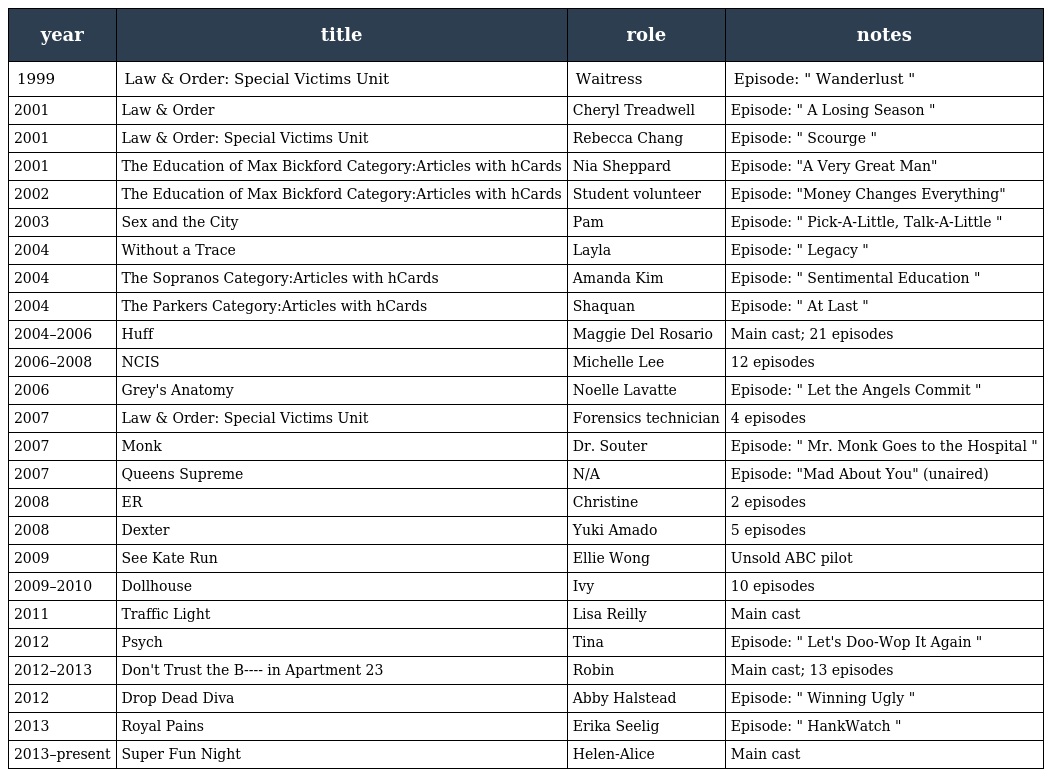
| year | title | role | notes |
 | --- | --- | --- | --- |
 | 1999 | Law & Order: Special Victims Unit | Waitress | Episode: " Wanderlust " |
 | 2001 | Law & Order | Cheryl Treadwell | Episode: " A Losing Season " |
 | 2001 | Law & Order: Special Victims Unit | Rebecca Chang | Episode: " Scourge " |
 | 2001 | The Education of Max Bickford Category:Articles with hCards | Nia Sheppard | Episode: "A Very Great Man" |
 | 2002 | The Education of Max Bickford Category:Articles with hCards | Student volunteer | Episode: "Money Changes Everything" |
 | 2003 | Sex and the City | Pam | Episode: " Pick-A-Little, Talk-A-Little " |
 | 2004 | Without a Trace | Layla | Episode: " Legacy " |
 | 2004 | The Sopranos Category:Articles with hCards | Amanda Kim | Episode: " Sentimental Education " |
 | 2004 | The Parkers Category:Articles with hCards | Shaquan | Episode: " At Last " |
 | 2004–2006 | Huff | Maggie Del Rosario | Main cast; 21 episodes |
 | 2006–2008 | NCIS | Michelle Lee | 12 episodes |
 | 2006 | Grey's Anatomy | Noelle Lavatte | Episode: " Let the Angels Commit " |
 | 2007 | Law & Order: Special Victims Unit | Forensics technician | 4 episodes |
 | 2007 | Monk | Dr. Souter | Episode: " Mr. Monk Goes to the Hospital " |
 | 2007 | Queens Supreme | N/A | Episode: "Mad About You" (unaired) |
 | 2008 | ER | Christine | 2 episodes |
 | 2008 | Dexter | Yuki Amado | 5 episodes |
 | 2009 | See Kate Run | Ellie Wong | Unsold ABC pilot |
 | 2009–2010 | Dollhouse | Ivy | 10 episodes |
 | 2011 | Traffic Light | Lisa Reilly | Main cast |
 | 2012 | Psych | Tina | Episode: " Let's Doo-Wop It Again " |
 | 2012–2013 | Don't Trust the B---- in Apartment 23 | Robin | Main cast; 13 episodes |
 | 2012 | Drop Dead Diva | Abby Halstead | Episode: " Winning Ugly " |
 | 2013 | Royal Pains | Erika Seelig | Episode: " HankWatch " |
 | 2013–present | Super Fun Night | Helen-Alice | Main cast |